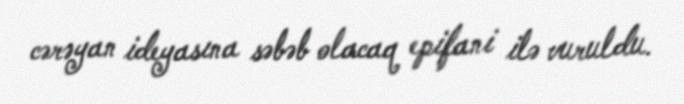
cərəyan ideyasına səbəb olacaq epifani ilə vuruldu.